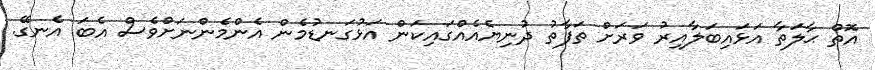
އޮތް ޙާލަތާ އަޅައިބަލާއިރު ވަރަށް ތަފާތު ދުނިޔެއެއްގައިކަން އަޅުގަނޑުމެން އެންމެންނަށްވެސް އެބަ އެނގޭ.